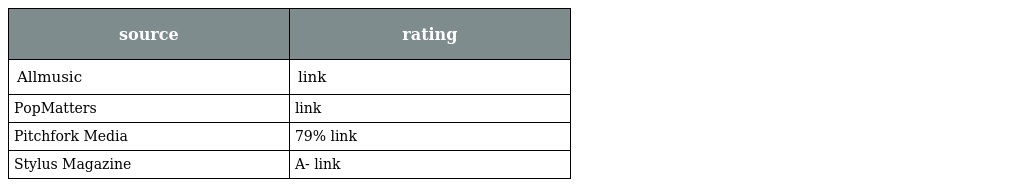
| source | rating |
 | --- | --- |
 | Allmusic | link |
 | PopMatters | link |
 | Pitchfork Media | 79% link |
 | Stylus Magazine | A- link |